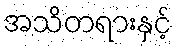
အသိတရားနှင့်